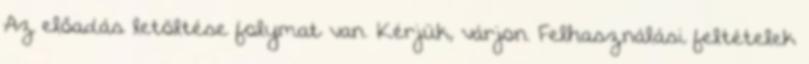
Az előadás letöltése folymat van. Kérjük, várjon. Felhasználási feltételek